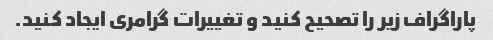
پاراگراف زیر را تصحیح کنید و تغییرات گرامری ایجاد کنید.